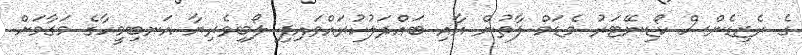
ގެ ރެޒިޑެންސް ކޯޑިނޭޓަރު މެޑަމް ފާތުން އާއި ބައްދަލުކުރައްވައިފި ލޯބިވެރިޔާ އަނބިމީހާގެ މަގާމަށް